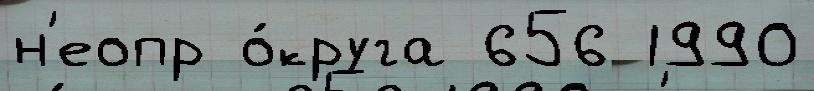
н'еопр о́круга 656 1990